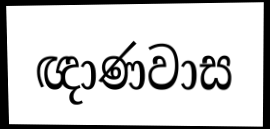
ඥාණවාස